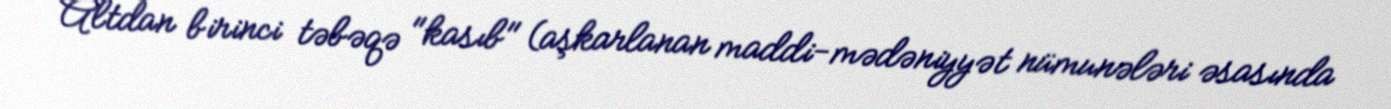
Altdan birinci təbəqə "kasıb" (aşkarlanan maddi-mədəniyyət nümunələri əsasında